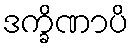
ဒက္ခိဏာပိ